Vabadussoja_Ajaloo_Komitee, lk 117
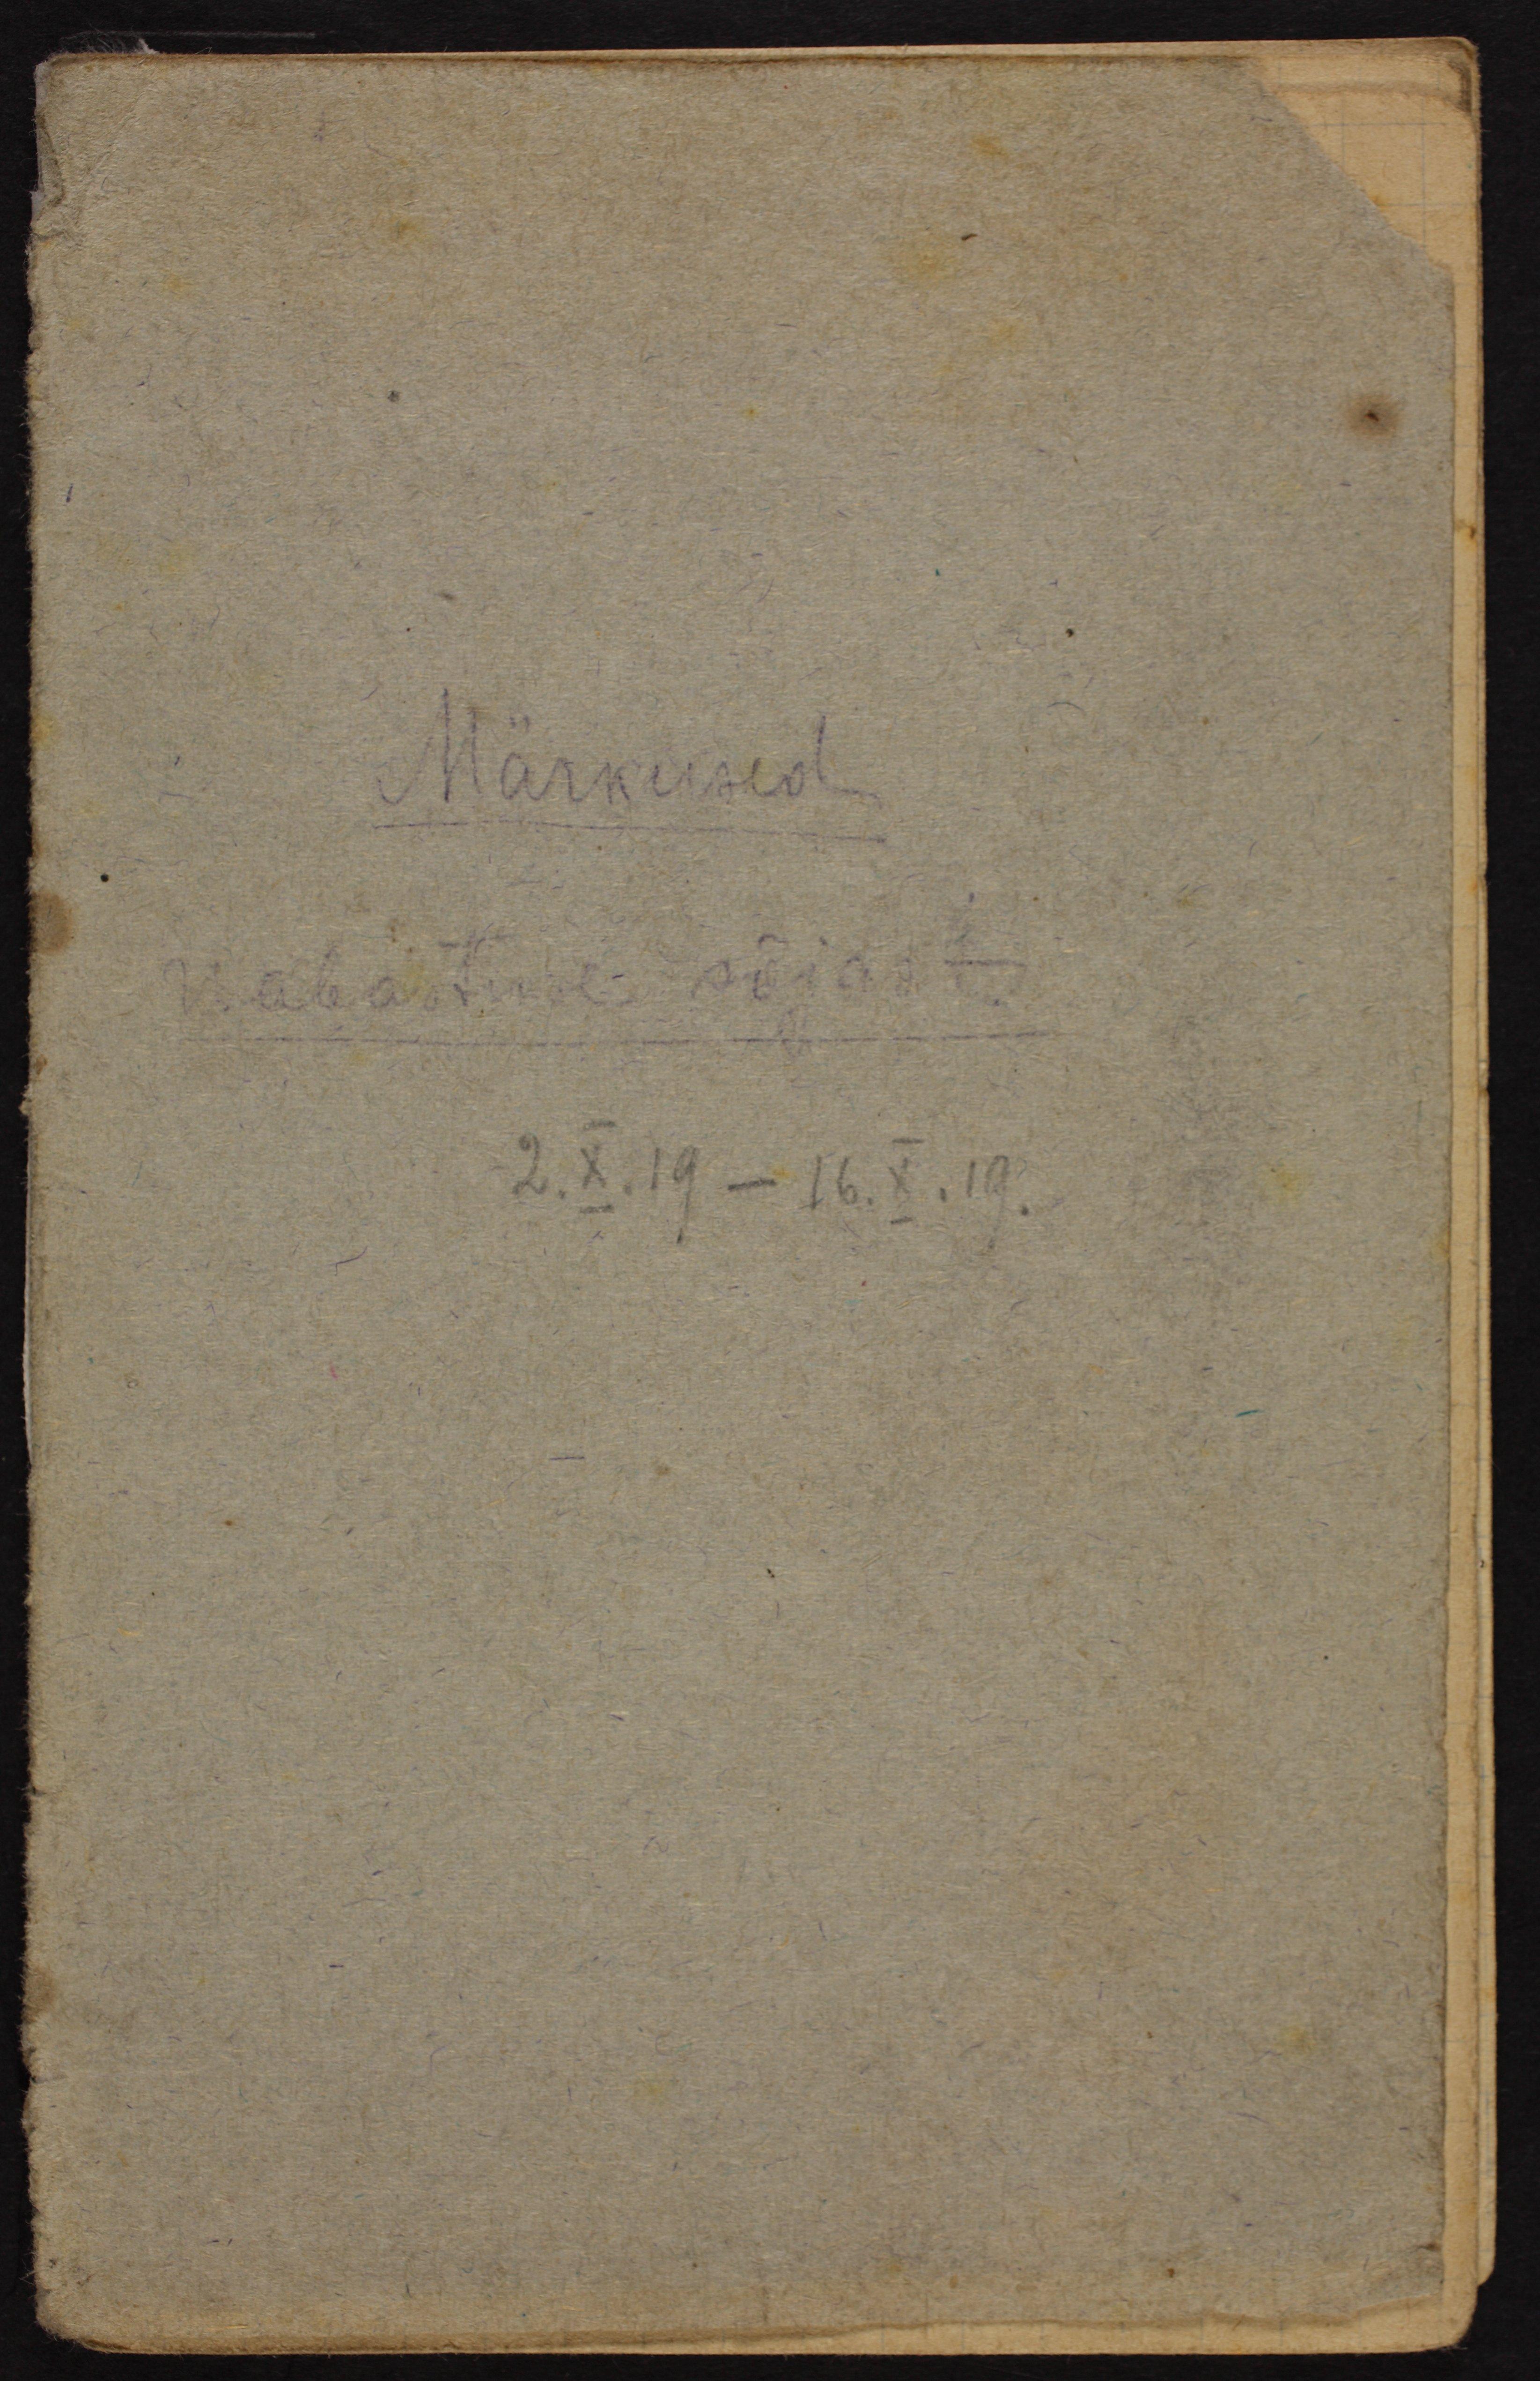
Märkused

Wabastuse sõjast

2.X.19-16.X.19.